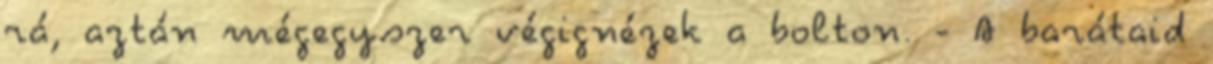
rá, aztán mégegyszer végignézek a bolton. - A barátaid